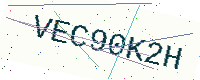
Text: VEC90K2H